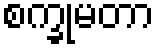
စက္ခုမတာ